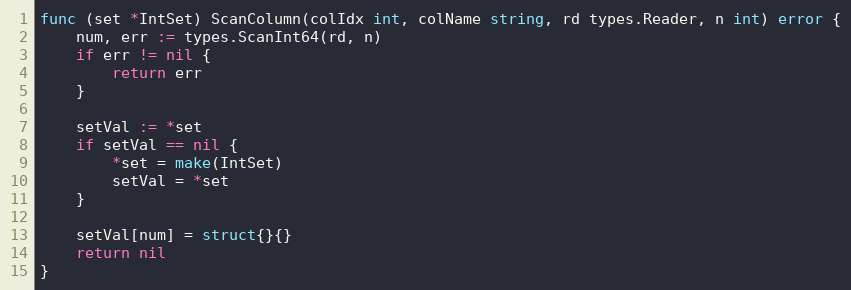
Language: Go
func (set *IntSet) ScanColumn(colIdx int, colName string, rd types.Reader, n int) error {
	num, err := types.ScanInt64(rd, n)
	if err != nil {
		return err
	}

	setVal := *set
	if setVal == nil {
		*set = make(IntSet)
		setVal = *set
	}

	setVal[num] = struct{}{}
	return nil
}